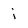
Character: i